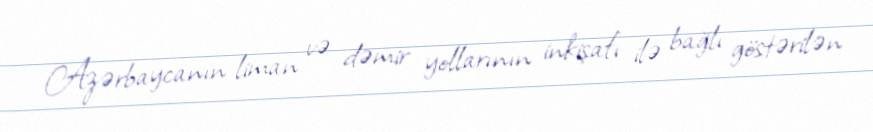
Azərbaycanın liman və dəmir yollarının inkişafı ilə bağlı göstərilən